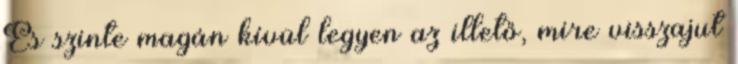
És szinte magán kívül legyen az illető, mire visszajut